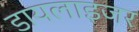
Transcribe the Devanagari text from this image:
डायलाइजर